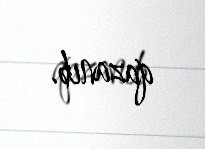
qazanıb.